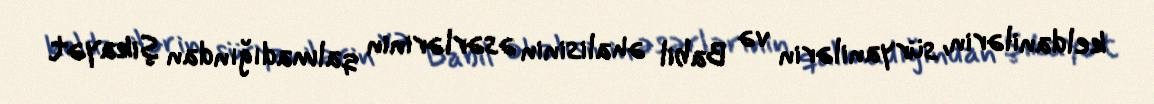
keldanilərin, süryanilərin və Babil əhalisinin əsərlərinin qalmadığından şikayət